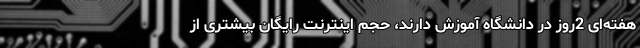
هفته‌ای 2روز در دانشگاه آموزش دارند، حجم اینترنت رایگان بیشتری از